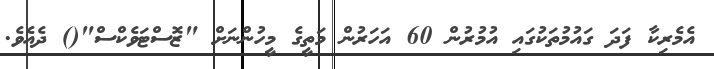
އެމެރިކާ ފަދަ ގައުމުތަކުގައި އުމުރުން 60 އަހަރުން މަތީގެ މީހުންނަށް "ޒޮސްޓަވެކްސް"() ދެއެވެ.